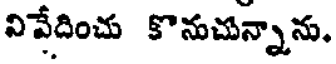
వివేదించు కొనుచున్నాను.